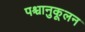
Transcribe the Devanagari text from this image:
पश्चानुकूलन